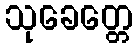
သုခေတ္တေ